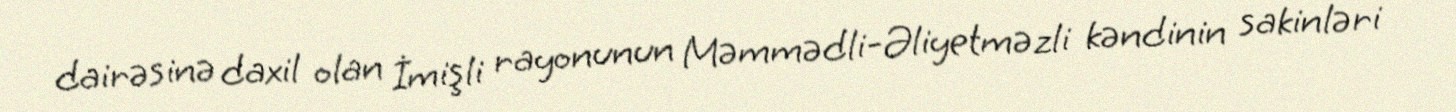
dairəsinə daxil olan İmişli rayonunun Məmmədli-Əliyetməzli kəndinin sakinləri